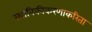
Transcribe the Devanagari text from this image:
स्थानिकीकरणाकरिता